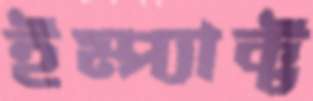
ইম্প্যাক্ট